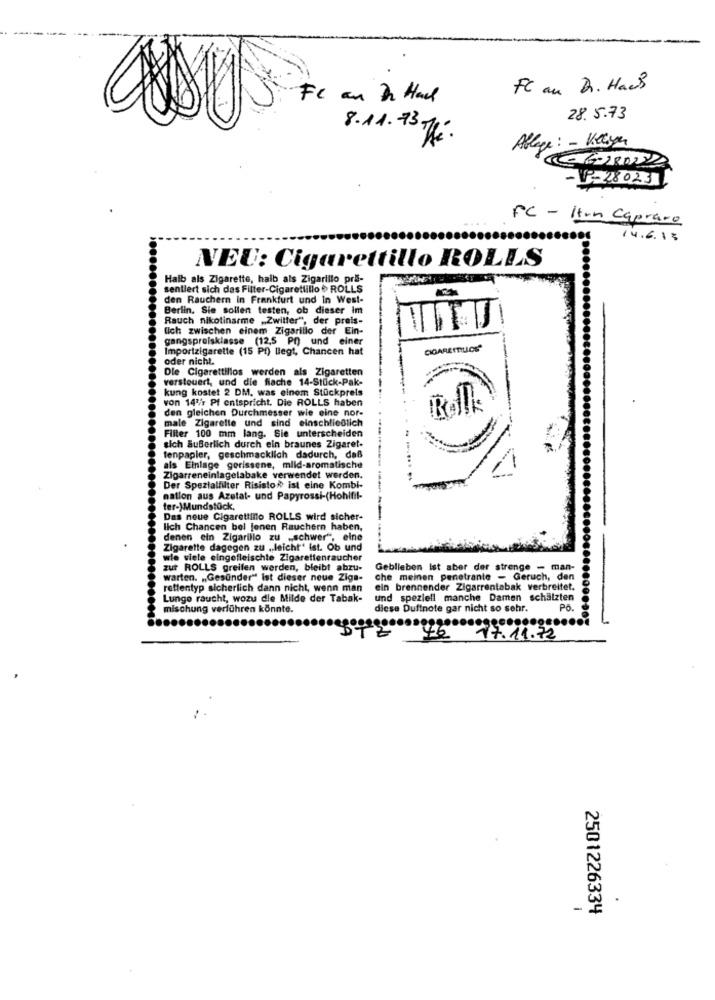
FC au Dr. Hans
FC au Dr Hau
28. 5.73
8.11.7314.
Ablage : - Kelsen
-P-280231
FC - Iten Capraro
14.6.13
NEU: Cigarettillo ROLLS
Halb als Zigarette, halb als Zigarillo pri-
sentiert sich das Filter-Cigaretlillo . ROLLS
den Rauchern in Frankfurt und In West-
Berlin. Sie sollen testen, ob dieser im
Rauch nikotinarme „Zwiller", der preis-
-
lich zwischen einem Zigarillo der Ein-
gangspreisklasse (12,5 Pf) und einer
Importzigarette (15 Pf) liegt, Chancen hat
CIGARETTILLOS"
oder nicht.
Die Cigarettillos werden als Zigaretten
versteuert, und die fische 14-Stuck-Pak-
kung kostet 2 DM, was einem Stückpreis
von 143/r Pf entspricht. Die ROLLS haben
den gleichen Durchmesser wie eine nor-
Rollk
male Zigarette und sind einschließlich
Filter 100 mm lang. Sie unterscheiden
sich äußerlich durch ein braunes Zigaret-
tenpapier, geschmacklich dadurch, daß
als Einlage gerissen
gerissene, mild-aromatische
Zigarreneinlagelabake verwendet werden.
Der Spezialfilter Risisto# ist eine Kombi-
nation aus Azetat- und Papyrossi-(Hohlfil-
fer-)Mundstück,
Das neue Cigarettinto ROLLS wird sicher-
lich Chancen bel jonen Rauchern haben,
denen ein Zigarillo zu -schwer".
Zigarette dagegen zu ,leicht“ Ist. Ob und
wie viele eingefleischte Zigarettenraucher
zur ROLLS greifen werden, bleibt abzu-
Geblieben Ist aber der strenge - man-
warten. „,Gesunder" ist dieser neue Ziga-
che meinen penetrante - Geruch, den
rettentyp sicherlich dann nicht, wenn man
ein brennender Zigarrentabak verbreitet.
Lungo raucht, wozu die Milde der Tabak-
und speziell manche Damen schätzten
mischung verführen könnte.
diese Duftnote gar nicht so sehr.
PO
46
17.11.72
.
-
2501226334